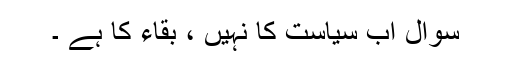
سوال اب سیاست کا نہیں ، بقاء کا ہے ۔